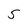
Character: 5